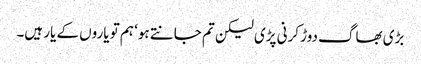
بڑی بھاگ دوڑ کرنی پڑی لیکن تم جانتے ہو‘ ہم تو یاروں کے یار ہیں۔